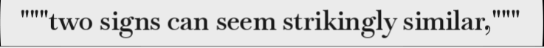
"""two signs can seem strikingly similar,"""